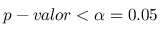
p - v a l o r < \alpha = 0 . 0 5